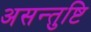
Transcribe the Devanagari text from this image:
असन्तुष्टि